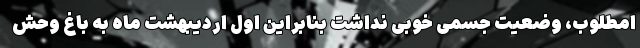
امطلوب، وضعیت جسمی خوبی نداشت بنابراین اول اردیبهشت ماه به باغ وحش